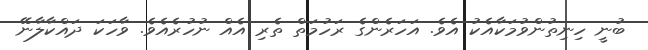
ބުނީ ހިނިތުންވުމަކާއެކު އެވެ. އަހަރެންގެ ރަހުމަތް ތެރި އެެއް ނުހުރެއެވެ. ވާހަކަ ދައްކާލާނޭ